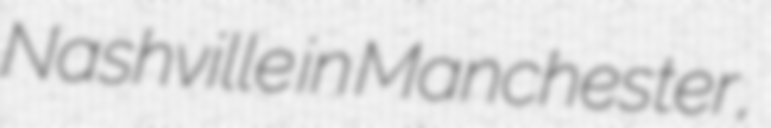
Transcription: Nashville in Manchester,